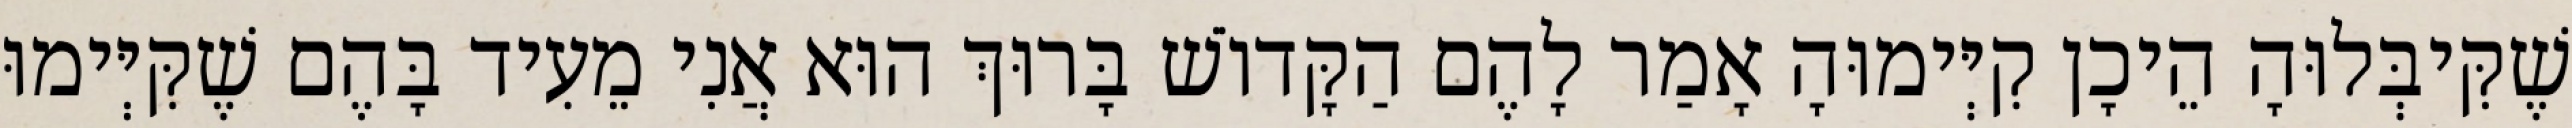
שֶׁקִּיבְּלוּהָ הֵיכָן קִיְּימוּהָ אָמַר לָהֶם הַקָּדוֹשׁ בָּרוּךְ הוּא אֲנִי מֵעִיד בָּהֶם שֶׁקִּיְּימוּ